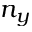
n _ { y }